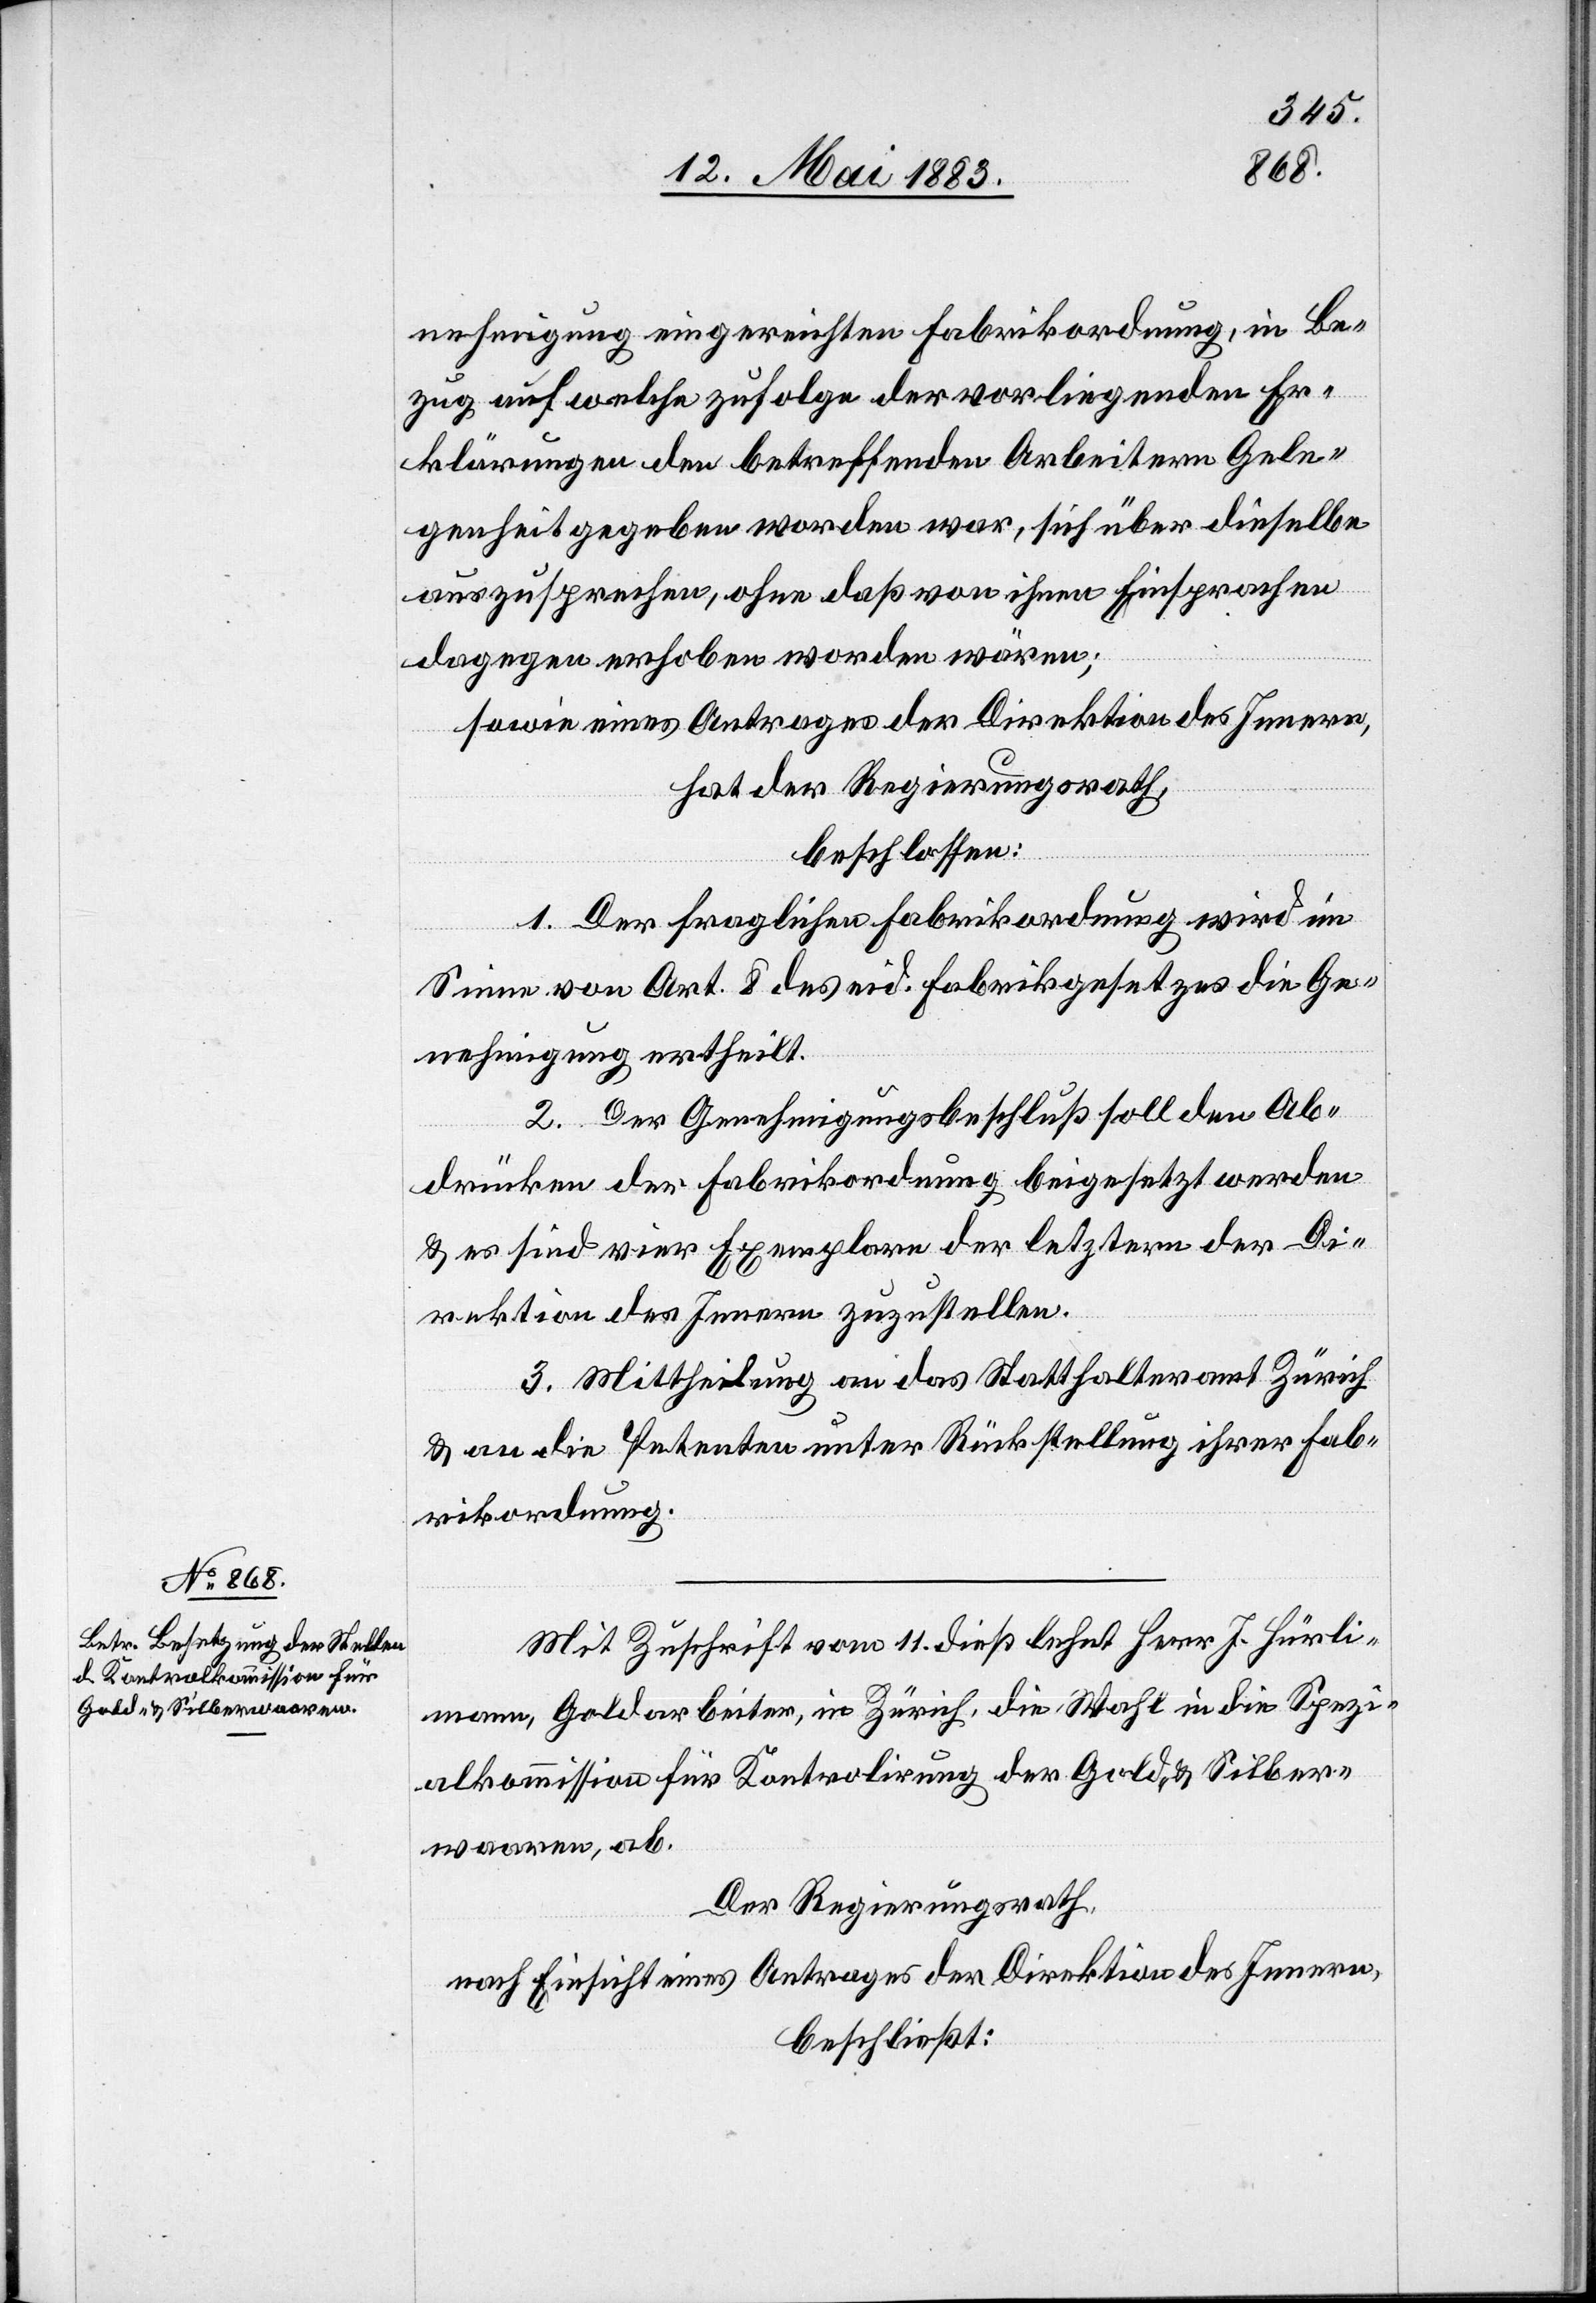
nehmigung eingereichten Fabrikordnung, in Be¬
zug auf welche zufolge der vorliegenden Er¬
klärungen den betreffenden Arbeitern Gele¬
genheit gegeben worden war, sich über dieselbe
auszusprechen, ohne daß von ihnen Einsprachen
dagegen erhoben worden wären;
sowie eines Antrages der Direktion des Innern,
hat der Regierungsrath,
beschlossen:
1. Der fraglichen Fabrikordnung wird im
Sinne von Art. 8 des eid. Fabrikgesetzes die Ge¬
nehmigung ertheilt.
2. Der Genehmigungsbeschluß soll den Ab¬
drücken der Fabrikordnung beigesetzt werden
& es sind vier Exemplare der letztern der Di¬
rektion des Innern zuzustellen.
3. Mittheilung an das Statthalteramt Zürich
& an die Petenten unter Rückstellung ihrer Fab¬
rikordnung.
Mit Zuschrift vom 11. dieß lehnt Herr J. Hürli¬
mann, Goldarbeiter, in Zürch, die Wahl in die Spezi¬
alkommission für Kontrolirung der Gold- & Silber¬
waaren, ab.
Der Regierungsrath,
nach Einsicht eines Antrages der Direktion des Innern,
beschließt: